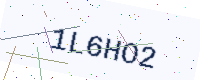
Text: 1L6HO2